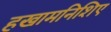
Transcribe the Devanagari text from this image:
हखामनिशिए